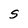
Character: S